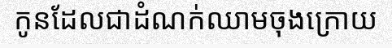
កូនដែលជាដំណក់ឈាមចុងក្រោយ